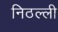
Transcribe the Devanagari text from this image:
निठल्ली